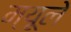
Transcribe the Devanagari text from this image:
म्यूले